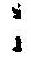
: